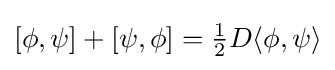
[\phi ,\psi ]+[\psi ,\phi ]={\tfrac {1}{2}}D\langle \phi ,\psi \rangle